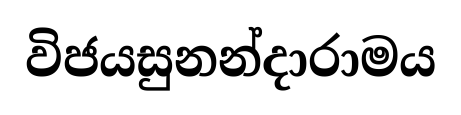
විජයසුනන්දාරාමය